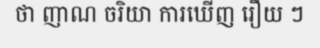
ថា ញាណ ចរិយា ការឃើញ រឿយ ៗ